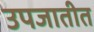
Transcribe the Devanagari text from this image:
उपजातीत